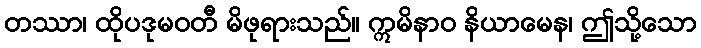
တဿာ၊ ထိုပဒုမဝတီ မိဖုရားသည်။ ဣမိနာဝ နိယာမေန၊ ဤသို့သော